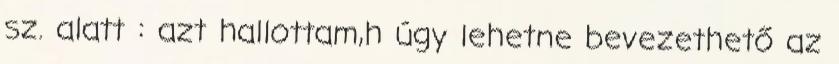
sz. alatt : azt hallottam,h úgy lehetne bevezethető az